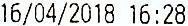
16/04/2018 16:28